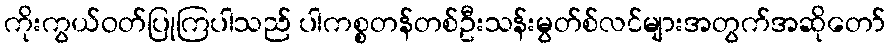
ကိုးကွယ်ဝတ်ပြုကြပါသည် ပါကစ္စတန်တစ်ဦးသန်းမွတ်စ်လင်များအတွက်အဆိုတော်